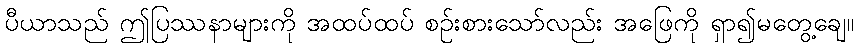
ပီယာသည် ဤပြဿနာများကို အထပ်ထပ် စဉ်းစားသော်လည်း အဖြေကို ရှာ၍မတွေ့ချေ။